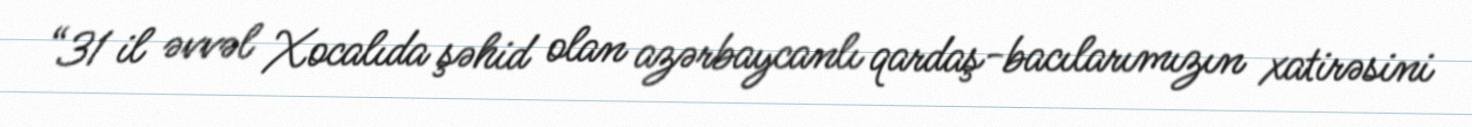
“31 il əvvəl Xocalıda şəhid olan azərbaycanlı qardaş-bacılarımızın xatirəsini